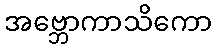
အဗ္ဘောကာသိကော